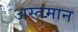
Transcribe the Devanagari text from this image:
अस्तमान